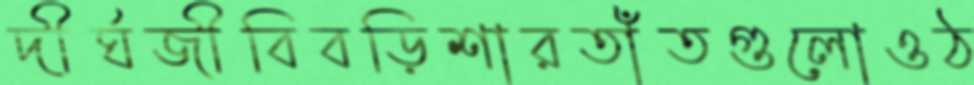
দীর্ঘজীবিবড়িশারতাঁতগুলোওঠ